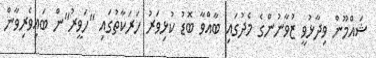
ޝައްމޫން ވިދާޅުވީ ޒުވާނުންގެ މެދުގައި ބާއްވާ ބޮޑު ކުޅިވަރު ހަރަކާތުގައި "ހަވީރު"ން ބައިވެރިވާން